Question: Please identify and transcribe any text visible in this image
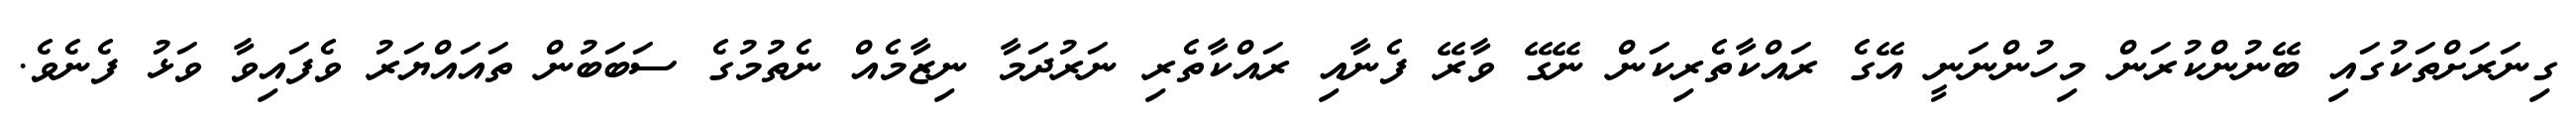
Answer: ގިނަރަށްތަކުގައި ބޭނުންކުރަން މިހުންނަނީ އޭގެ ރައްކާތެރިކަން ނޭގޭ ވާރޭ ފެނާއި ރައްކާތެރި ނަރުދަމާ ނިޒާމެއް ނެތުމުގެ ސަބަބުން ތައައްޔަރު ވެފައިވާ ވަޅު ފެނެވެ.